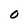
Character: 0